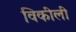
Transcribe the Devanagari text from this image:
विकीली